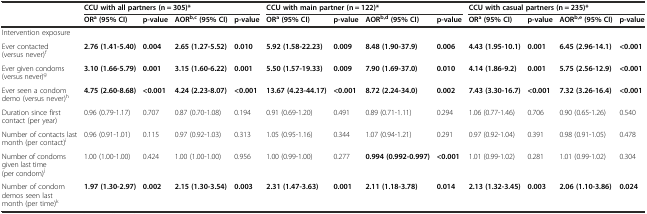
<table><thead><tr><td></td><td colspan="4"><b>CCU with all partners (n = 305)*</b></td><td colspan="4"><b>CCU with main partner (n = 122)*</b></td><td colspan="4"><b>CCU with casual partners (n = 235)*</b></td></tr><tr><td></td><td><b>OR<sup>a</sup>(95% CI)</b></td><td><b>p-value</b></td><td><b>AOR<sup>b,c</sup>(95% CI)</b></td><td><b>p-value</b></td><td><b>OR<sup>a</sup>(95% CI)</b></td><td><b>p-value</b></td><td><b>AOR<sup>b,d</sup>(95% CI)</b></td><td><b>p-value</b></td><td><b>OR<sup>a</sup>(95% CI)</b></td><td><b>p-value</b></td><td><b>AOR<sup>b,e</sup>(95% CI)</b></td><td><b>p-value</b></td></tr></thead><tbody><tr><td>Intervention exposure</td><td></td><td></td><td></td><td></td><td></td><td></td><td></td><td></td><td></td><td></td><td></td><td></td></tr><tr><td>Ever contacted (versus never)<sup>f</sup></td><td><b>2.76 (1.41-5.40)</b></td><td><b>0.004</b></td><td><b>2.65 (1.27-5.52)</b></td><td><b>0.010</b></td><td><b>5.92 (1.58-22.23)</b></td><td><b>0.009</b></td><td><b>8.48 (1.90-37.9)</b></td><td><b>0.006</b></td><td><b>4.43 (1.95-10.1)</b></td><td><b>0.001</b></td><td><b>6.45 (2.96-14.1)</b></td><td><b>&lt;0.001</b></td></tr><tr><td>Ever given condoms (versus never)<sup>g</sup></td><td><b>3.10 (1.66-5.79)</b></td><td><b>0.001</b></td><td><b>3.15 (1.60-6.22)</b></td><td><b>0.001</b></td><td><b>5.50 (1.57-19.33)</b></td><td><b>0.009</b></td><td><b>7.90 (1.69-37.0)</b></td><td><b>0.010</b></td><td><b>4.14 (1.86-9.2)</b></td><td><b>0.001</b></td><td><b>5.75 (2.56-12.9)</b></td><td><b>&lt;0.001</b></td></tr><tr><td>Ever seen a condom demo (versus never)<sup>h</sup></td><td><b>4.75 (2.60-8.68)</b></td><td><b>&lt;0.001</b></td><td><b>4.24 (2.23-8.07)</b></td><td><b>&lt;0.001</b></td><td><b>13.67 (4.23-44.17)</b></td><td><b>&lt;0.001</b></td><td><b>8.72 (2.24-34.0)</b></td><td><b>0.002</b></td><td><b>7.43 (3.30-16.7)</b></td><td><b>&lt;0.001</b></td><td><b>7.32 (3.26-16.4)</b></td><td><b>&lt;0.001</b></td></tr><tr><td>Duration since first contact (per year)</td><td>0.96 (0.79-1.17)</td><td>0.707</td><td>0.87 (0.70-1.08)</td><td>0.194</td><td>0.91 (0.69-1.20)</td><td>0.491</td><td>0.89 (0.71-1.11)</td><td>0.294</td><td>1.06 (0.77-1.46)</td><td>0.706</td><td>0.90 (0.65-1.26)</td><td>0.540</td></tr><tr><td>Number of contacts last month (per contact)<sup>i</sup></td><td>0.96 (0.91-1.01)</td><td>0.115</td><td>0.97 (0.92-1.03)</td><td>0.313</td><td>1.05 (0.95-1.16)</td><td>0.344</td><td>1.07 (0.94-1.21)</td><td>0.291</td><td>0.97 (0.92-1.04)</td><td>0.391</td><td>0.98 (0.91-1.05)</td><td>0.478</td></tr><tr><td>Number of condoms given last time (per condom)<sup>j</sup></td><td>1.00 (1.00-1.00)</td><td>0.424</td><td>1.00 (1.00-1.00)</td><td>0.956</td><td>1.00 (0.99-1.00)</td><td>0.277</td><td><b>0.994 (0.992-0.997)</b></td><td><b>&lt;0.001</b></td><td>1.01 (0.99-1.02)</td><td>0.281</td><td>1.01 (0.99-1.02)</td><td>0.304</td></tr><tr><td>Number of condom demos seen last month (per time)<sup>k</sup></td><td><b>1.97 (1.30-2.97)</b></td><td><b>0.002</b></td><td><b>2.15 (1.30-3.54)</b></td><td><b>0.003</b></td><td><b>2.31 (1.47-3.63)</b></td><td><b>0.001</b></td><td><b>2.11 (1.18-3.78)</b></td><td><b>0.014</b></td><td><b>2.13 (1.32-3.45)</b></td><td><b>0.003</b></td><td><b>2.06 (1.10-3.86)</b></td><td><b>0.024</b></td></tr></tbody></table>